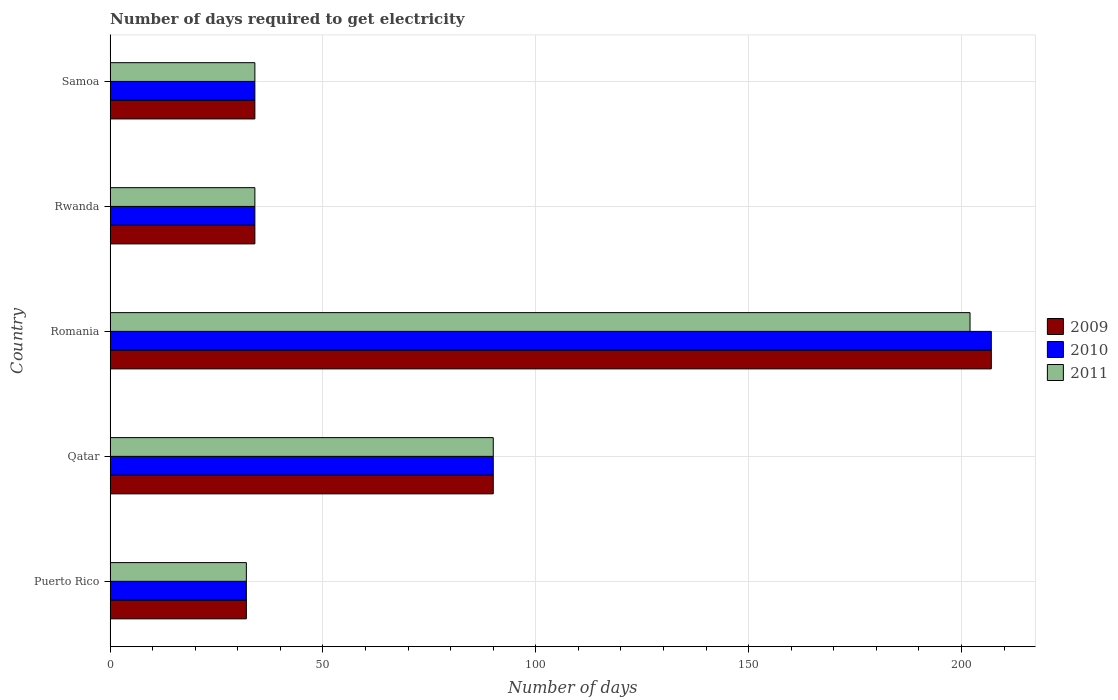
| Country | 2009 | 2010 | 2011 |
 | --- | --- | --- | --- |
 | Puerto Rico | 32 | 32 | 32 |
 | Qatar | 90 | 90 | 90 |
 | Romania | 207 | 207 | 202 |
 | Rwanda | 34 | 34 | 34 |
 | Samoa | 34 | 34 | 34 |